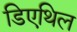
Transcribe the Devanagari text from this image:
डिएथिल